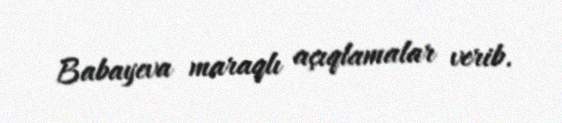
Babayeva maraqlı açıqlamalar verib.